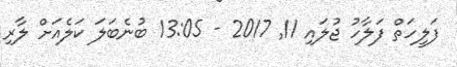
ފަލީހަތް ފަލާހު ޖުލައި 11